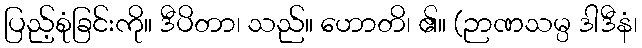
ပြည့်စုံခြင်းကို။ ဒီပိတာ၊ သည်။ ဟောတိ၊ ၏။ (ဉာဏသမ္ပ ဒါဒီနံ၊